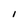
Character: i